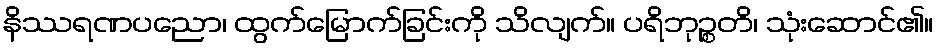
နိဿရဏပညော၊ ထွက်မြောက်ခြင်းကို သိလျက်။ ပရိဘုဉ္စတိ၊ သုံးဆောင်၏။